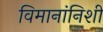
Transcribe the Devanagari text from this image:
विमानांनिशी